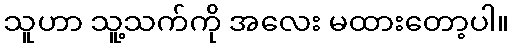
သူဟာ သူ့သက်ကို အလေး မထားတော့ပါ။